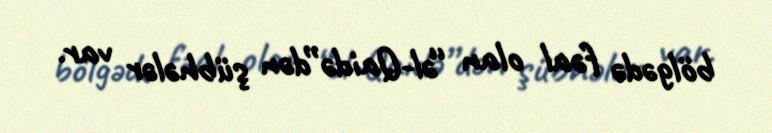
bölgədə fəal olan “əl-Qaidə”dən şübhələr var.